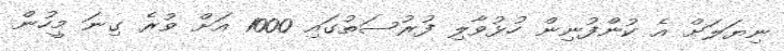
ނިޔަލަށް އެ ކުންފުނިން ހުޅުވާލި ފުރުސަތުގައި 1000 އަށް ވުރެ ގިނަ މީހުން